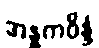
အန္ဓကဝိန္ဒံ